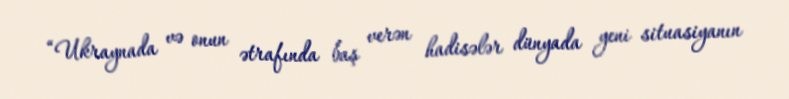
“Ukraynada və onun ətrafında baş verən hadisələr dünyada yeni situasiyanın